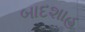
બાદશાહ